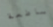
ساطعة